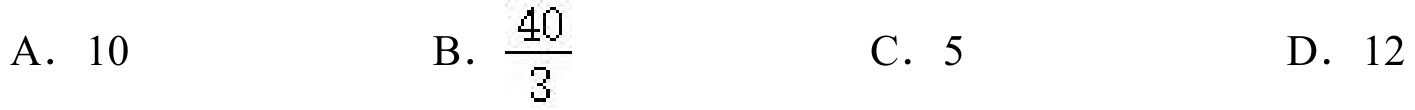
A. \(10\)
B. \(\frac{40}{3}\)
C. \(5\)
D. \(12\)